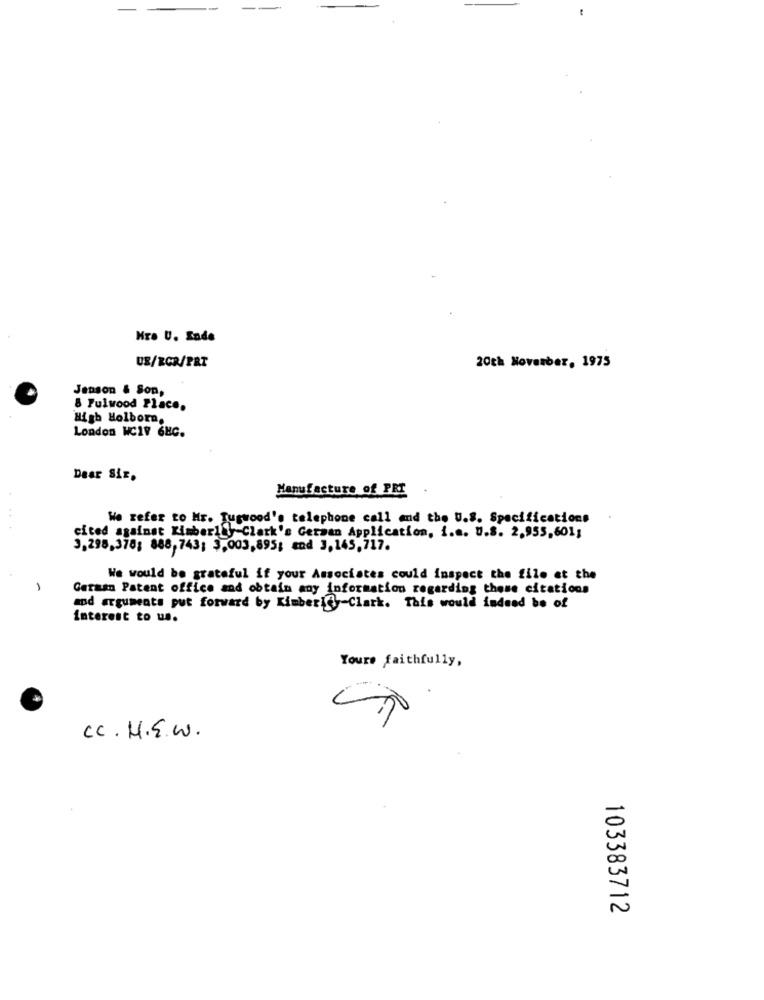
-
Hro U. Ende
UB/RCR/PRT
20th November, 1975
Jenson & Son,
& Pulwood Place.
High Holborn.
London WCIV 6EC.
Dear Sir.
Manufacture of PRI
We refer to Mr. Tugwood's telephone call and the U.S. Specifications
cited against Kimberly-Clark's German Application, i.e. U.S. 2.955,601;
3,298,378; 888,743; 3,003,895; and 3,145,717.
We would be grateful if your Associates could inspect the file et the
-
Geram Patent office and obtain any information regarding these citations
and arguments put forward by Kimberly-Clark. This would indeed be of
interest to us.
Yours faithfully,
CC. H.E.W.
103383712